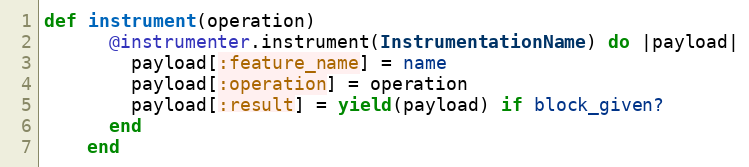
Language: Ruby
def instrument(operation)
      @instrumenter.instrument(InstrumentationName) do |payload|
        payload[:feature_name] = name
        payload[:operation] = operation
        payload[:result] = yield(payload) if block_given?
      end
    end